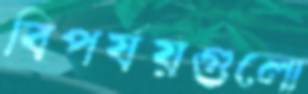
বিপর্যয়গুলো